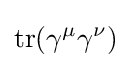
\operatorname {tr} (\gamma ^{\mu }\gamma ^{\nu })